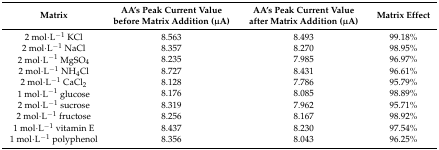
<table><thead><tr><td><b>Matrix</b></td><td><b>AA’s Peak Current Value before Matrix Addition (μA)</b></td><td><b>AA’s Peak Current Value after Matrix Addition (μA)</b></td><td><b>Matrix Effect</b></td></tr></thead><tbody><tr><td>2 mol·L<sup>−1</sup> KCl</td><td>8.563</td><td>8.493</td><td>99.18%</td></tr><tr><td>2 mol·L<sup>−1</sup> NaCl</td><td>8.357</td><td>8.270</td><td>98.95%</td></tr><tr><td>2 mol·L<sup>−1</sup> MgSO<sub>4</sub></td><td>8.235</td><td>7.985</td><td>96.97%</td></tr><tr><td>2 mol·L<sup>−1</sup> NH<sub>4</sub>Cl</td><td>8.727</td><td>8.431</td><td>96.61%</td></tr><tr><td>2 mol·L<sup>−1</sup> CaCl<sub>2</sub></td><td>8.128</td><td>7.786</td><td>95.79%</td></tr><tr><td>1 mol·L<sup>−1</sup> glucose</td><td>8.176</td><td>8.085</td><td>98.89%</td></tr><tr><td>2 mol·L<sup>−1</sup> sucrose</td><td>8.319</td><td>7.962</td><td>95.71%</td></tr><tr><td>2 mol·L<sup>−1</sup> fructose</td><td>8.256</td><td>8.167</td><td>98.92%</td></tr><tr><td>1 mol·L<sup>−1</sup> vitamin E</td><td>8.437</td><td>8.230</td><td>97.54%</td></tr><tr><td>1 mol·L<sup>−1</sup> polyphenol</td><td>8.356</td><td>8.043</td><td>96.25%</td></tr></tbody></table>